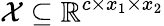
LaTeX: \mathcal{X}\subseteq\mathbb{R}^{c\times x_{1}\times x_{2}}